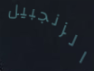
الزنجبيل